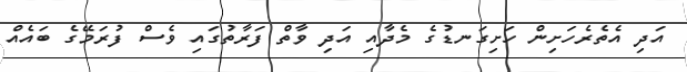
އަދި އެތެރެހަށިން ހަށިގަނޑުގެ މެދާއި އަދި ވާތް ފަރާތުގައި ވެސް ފުރަމޭގެ ބައެއް